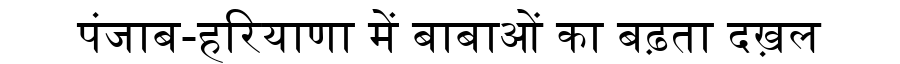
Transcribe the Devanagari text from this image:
पंजाब-हरियाणा में बाबाओं का बढ़ता दख़ल